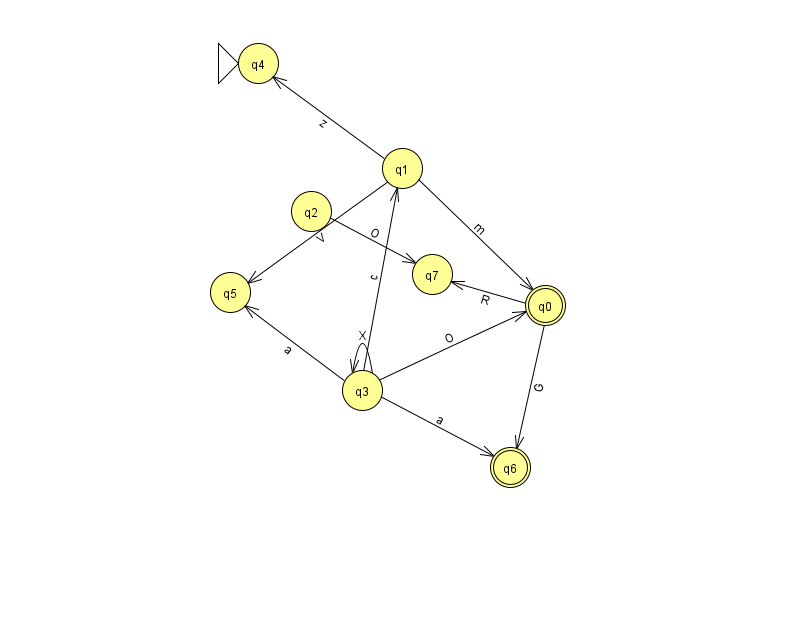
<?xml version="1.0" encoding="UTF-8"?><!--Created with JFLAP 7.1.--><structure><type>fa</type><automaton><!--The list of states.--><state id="0" name="q0"><x>545.0</x><y>292.0</y><final/></state><state id="1" name="q1"><x>402.0</x><y>155.0</y></state><state id="2" name="q2"><x>311.0</x><y>198.0</y></state><state id="3" name="q3"><x>362.0</x><y>377.0</y></state><state id="4" name="q4"><x>258.0</x><y>50.0</y><initial/></state><state id="5" name="q5"><x>230.0</x><y>279.0</y></state><state id="6" name="q6"><x>510.0</x><y>454.0</y><final/></state><state id="7" name="q7"><x>432.0</x><y>261.0</y></state><!--The list of transitions.--><transition><from>0</from><to>7</to><read>R</read></transition><transition><from>3</from><to>1</to><read>c</read></transition><transition><from>3</from><to>6</to><read>a</read></transition><transition><from>0</from><to>6</to><read>G</read></transition><transition><from>1</from><to>5</to><read>V</read></transition><transition><from>3</from><to>3</to><read>X</read></transition><transition><from>3</from><to>5</to><read>a</read></transition><transition><from>3</from><to>0</to><read>O</read></transition><transition><from>1</from><to>4</to><read>z</read></transition><transition><from>1</from><to>0</to><read>m</read></transition><transition><from>2</from><to>7</to><read>O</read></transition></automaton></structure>